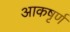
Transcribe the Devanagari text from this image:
आकषृर्ण